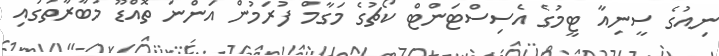
ނިއުގެ ސީނިއާ ޓީމުގެ އެސިސްޓަންޓް ކޯޗުގެ މަގާމް ފުރަމުން އަންނަ ތޮއްޑޫ މުބާރާތުގައި